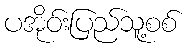
ပအိုဝ်းပြည်သူ့စစ်